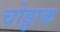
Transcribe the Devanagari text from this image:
चोड्डाक